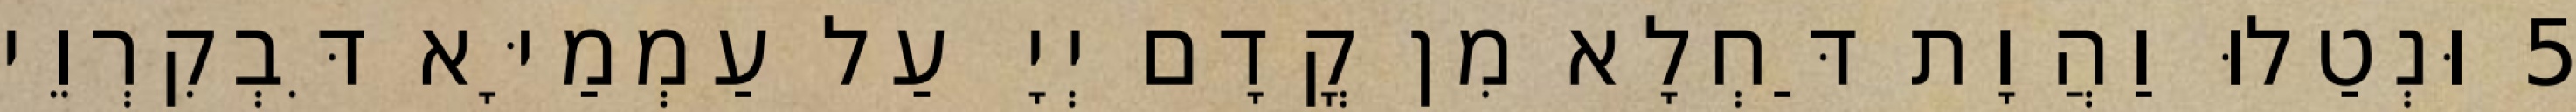
5 וּנְטַלוּ וַהֲוָת דַּחְלָא מִן קֳדָם יְיָ עַל עַמְמַיָּא דִּבְקִרְוֵי